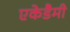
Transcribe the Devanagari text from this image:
एकेडैमी